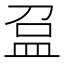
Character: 𥁏